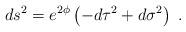
LaTeX: \begin{align*}ds^{2} = e^{2\phi} \left(-d\tau^{2} + d\sigma^{2}\right)\ .\end{align*}